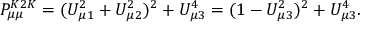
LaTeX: P _ { \mu \mu } ^ { K 2 K } = ( U _ { \mu 1 } ^ { 2 } + U _ { \mu 2 } ^ { 2 } ) ^ { 2 } + U _ { \mu 3 } ^ { 4 } = ( 1 - U _ { \mu 3 } ^ { 2 } ) ^ { 2 } + U _ { \mu 3 } ^ { 4 } .